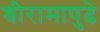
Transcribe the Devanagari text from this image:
श्रीरामापुढे